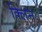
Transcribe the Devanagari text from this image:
क्‍लिन